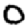
Digit: 0